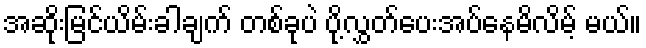
အဆိုးမြင်ယိမ်းခါချက် တစ်ခုပဲ ပို့လွှတ်ပေးအပ်နေမိလိမ့် မယ်။